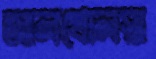
আলখোলস্না